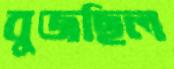
বুজছিল